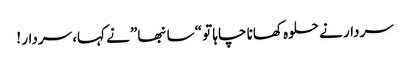
سردار نے حلوہ کھانا چاہا تو “سانبھا” نے کہا، سردار !